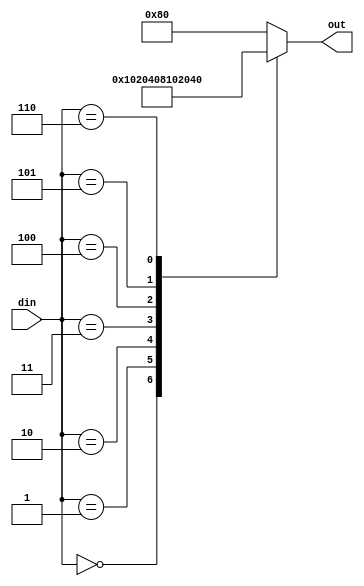
///////////////////////////////////
///////////////////////////////////
module decode(din,out);
  output[7:0]  out;
  input[2:0]  din ;
  reg [7:0] out;
  always @(*)
    case(din)
	  0:      out=8'b0000_0001;
	  1:      out=8'b0000_0010;
	  2:      out=8'b0000_0100;
	  3:      out=8'b0000_1000;
	  4:      out=8'b0001_0000;
	  5:      out=8'b0010_0000;
	  6:      out=8'b0100_0000;
	  default:out=8'b1000_0000;
	endcase	

endmodule